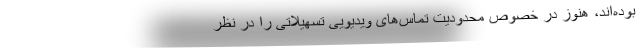
بوده‌اند، هنوز در خصوص محدودیت تماس‌های ویدیویی تسهیلاتی را در نظر